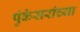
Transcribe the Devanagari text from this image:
पुंकेसरांच्या